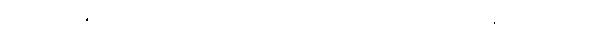
ခံစားခြင်း၏အစွမ်းအားဖြင့် ခံစားအပ်သော အကျိုးရှိသော။ ကမ္မံ၊ ပြုပြင်ခြင်း